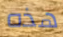
هذه